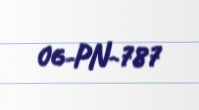
06-PN-787